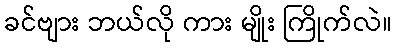
ခင်ဗျား ဘယ်လို ကား မျိုး ကြိုက်လဲ။